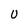
Character: U